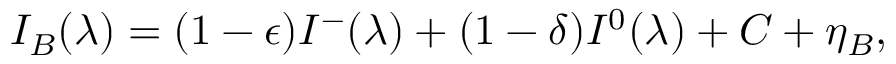
I _ { B } ( \lambda ) = ( 1 - \epsilon ) I ^ { - } ( \lambda ) + ( 1 - \delta ) I ^ { 0 } ( \lambda ) + C + \eta _ { B } ,